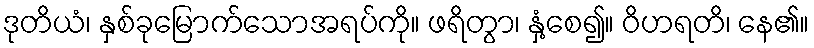
ဒုတိယံ၊ နှစ်ခုမြောက်သောအရပ်ကို။ ဖရိတွာ၊ နှံ့စေ၍။ ဝိဟရတိ၊ နေ၏။